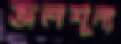
জলশূন্য